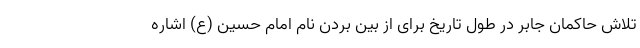
تلاش حاکمان جابر در طول تاریخ برای از بین بردن نام امام حسین (ع) اشاره